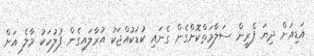
އަޑިއަށް ދިޔަ ފެރީން ސަލާމަތްކޮށްގެން ގެނައި ކުޑަކުއްޖަކު އުރާލައިގެން ފުލުހަކު މާލެ އަށް